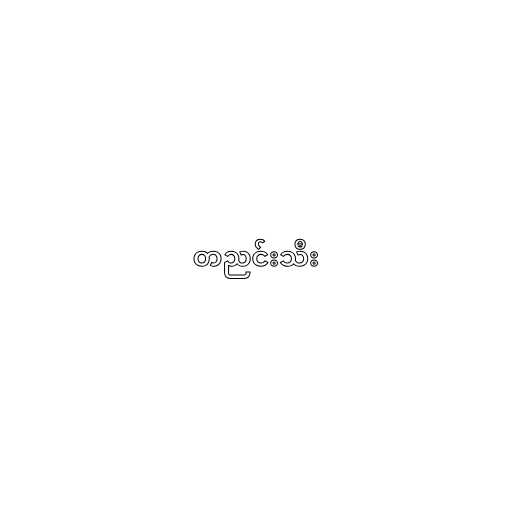
တညင်းသီး